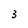
Character: 3